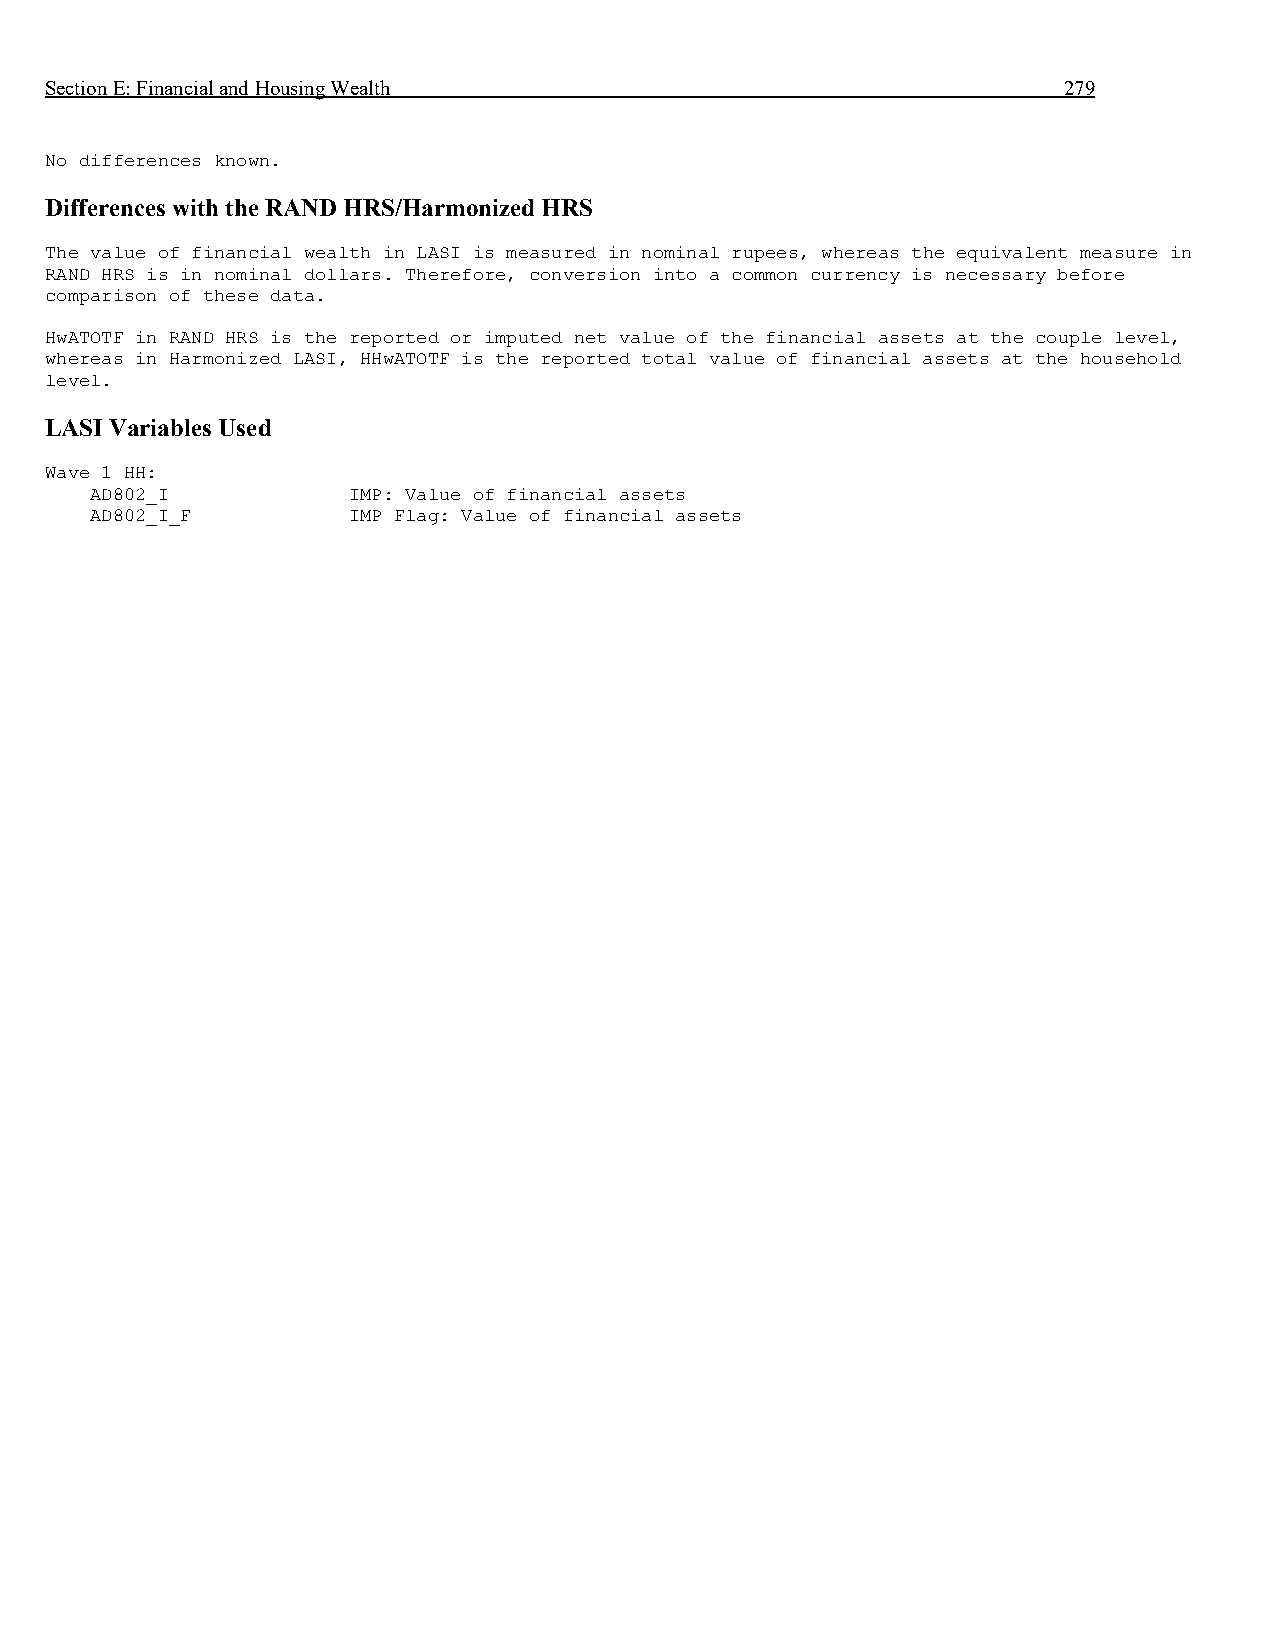
Section E: Financial and Housing Wealth                            279
 No differences known.
 Differences with the RAND HRS/Harmonized HRS
 The value of financial wealth in LASI is measured in nominal rupees, whereas the equivalent measure in
 RAND HRS is in nominal dollars. Therefore, conversion into a common currency is necessary before
 comparison of these data.
 HwATOTF in RAND HRS is the reported or imputed net value of the financial assets at the couple level,
 whereas in Harmonized LASI, HHwATOTF is the reported total value of financial assets at the household
 level.
 LASI Variables Used
 Wave 1 HH:
 AD802_I          IMP: Value of financial assets
 AD802_I_F        IMP Flag: Value of financial assets